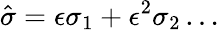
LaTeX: \hat{\sigma}=\epsilon\sigma_{1}+\epsilon^{2}\sigma_{2}\ldots